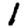
Digit: 1